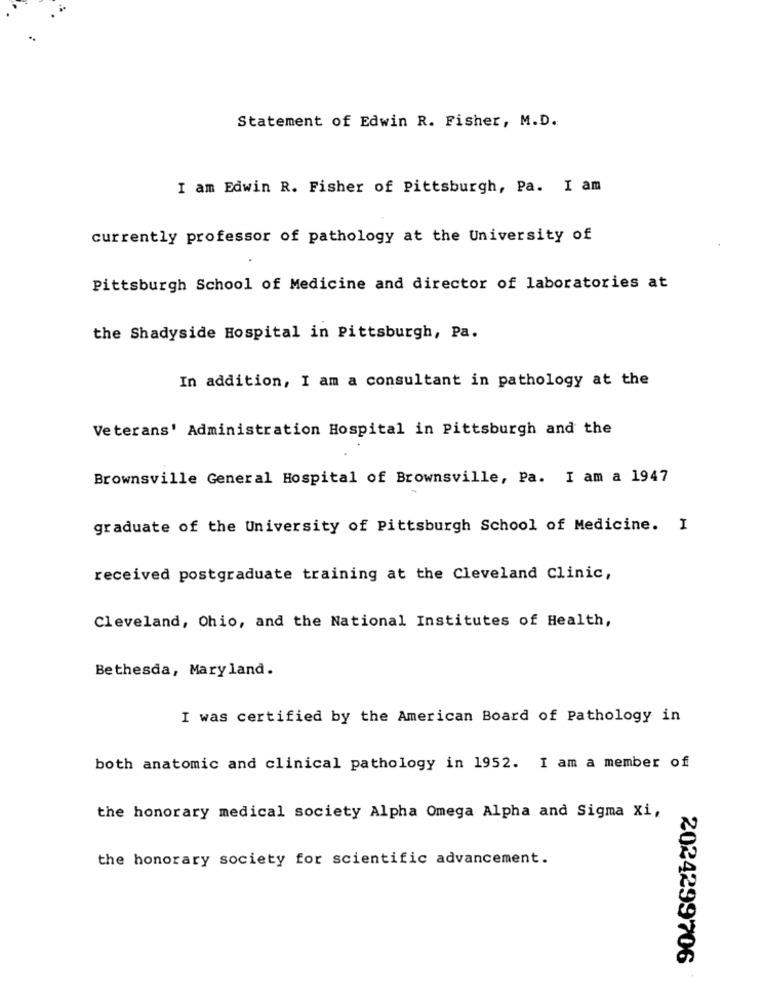
Statement of Edwin R. Fisher, M.D.
I am Edwin R. Fisher of Pittsburgh, Pa. I am
currently professor of pathology at the University of
Pittsburgh School of Medicine and director of laboratories at
the Shadyside Hospital in Pittsburgh, Pa.
In addition, I am a consultant in pathology at the
Veterans' Administration Hospital in Pittsburgh and the
Brownsville General Hospital of Brownsville, Pa. I am a 1947
graduate of the University of Pittsburgh School of Medicine. I
received postgraduate training at the Cleveland Clinic,
Cleveland, Ohio, and the National Institutes of Health,
Bethesda, Maryland.
I was certified by the American Board of Pathology in
both anatomic and clinical pathology in 1952. I am a member of
the honorary medical society Alpha Omega Alpha and Sigma Xi,
the honorary society for scientific advancement.
2024299706